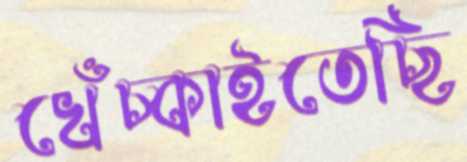
খেঁচ্‌কাইতেছি